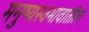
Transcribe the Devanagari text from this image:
मनुष्यस्वभावातील